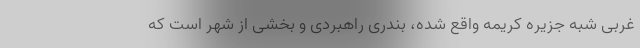
غربی شبه جزیره کریمه واقع شده، بندری راهبردی و بخشی از شهر است که